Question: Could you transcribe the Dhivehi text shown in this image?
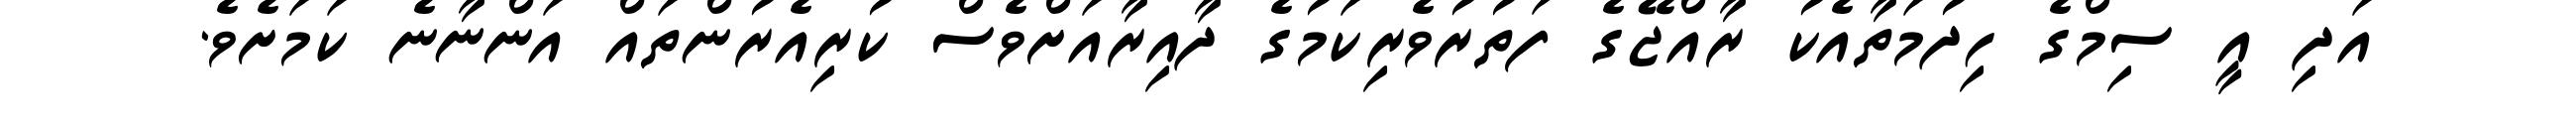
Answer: އަދި އީ ސިމްގެ ހިދުމަތާއެކު ރާއްޖޭގެ ފަތުރުވެރިކަމުގެ ދާއިރާއަށްވެސް ކުރިއެރުންތައް އަންނާނެ ކަމަށެވެ.